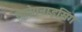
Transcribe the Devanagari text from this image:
रेकोगनाइसिंग